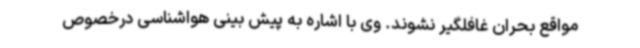
مواقع بحران غافلگیر نشوند. وی با اشاره به پیش بینی هواشناسی درخصوص